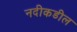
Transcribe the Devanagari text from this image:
नदीकडील